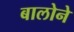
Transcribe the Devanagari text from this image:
बालोने